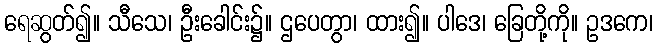
ရေဆွတ်၍။ သီသေ၊ ဦးခေါင်း၌။ ဌပေတွာ၊ ထား၍။ ပါဒေ၊ ခြေတို့ကို။ ဥဒကေ၊